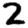
Digit: 2